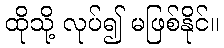
ထိုသို့ လုပ်၍ မဖြစ်နိုင်။